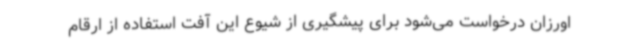
اورزان درخواست می‌شود برای پیشگیری از شیوع این آفت استفاده از ارقام